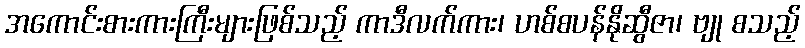
အကောင်းစားကားကြီးများဖြစ်သည့် ကာဒီလက်ကား၊ ဟစ်စပန်နိုဆွီဇာ၊ ဗျု စသည့်